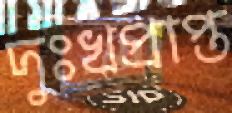
দুঃখপ্রাপ্ত